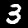
Label: 3